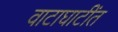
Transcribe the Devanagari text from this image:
वाटाघाटींत